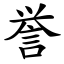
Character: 誉